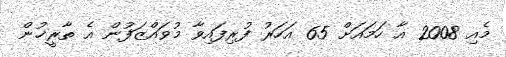
މެއި 2008 އާ ހަމައަށް 65 އަހަރު ފުރިފައިވާ މުވައްޒަފުން އެ ތާރީޚުން